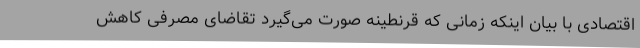
اقتصادی با بیان اینکه زمانی که قرنطینه صورت می‌گیرد تقاضای مصرفی کاهش